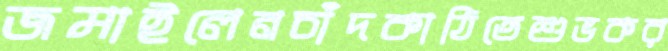
জমাইলেনচাঁদকাঠিতেশুভকর